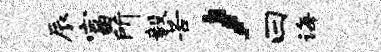
辰富所毅苦，曰诲